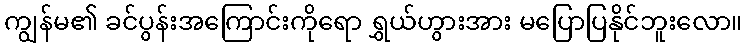
ကျွန်မ၏ ခင်ပွန်းအကြောင်းကိုရော ရွှယ်ဟွားအား မပြောပြနိုင်ဘူးလော။